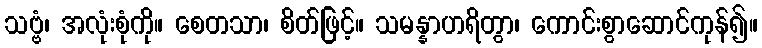
သဗ္ဗံ၊ အလုံးစုံကို။ စေတသာ၊ စိတ်ဖြင့်။ သမန္နာဟရိတွာ၊ ကောင်းစွာဆောင်ကုန်၍။